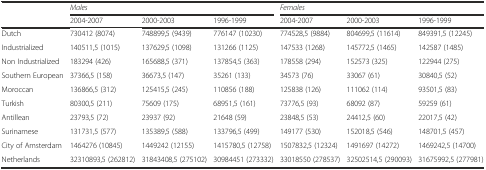
<table><thead><tr><td></td><td colspan="3"><b><i>Males</i></b></td><td colspan="3"><b><i>Females</i></b></td></tr><tr><td></td><td><b>2004-2007</b></td><td><b>2000-2003</b></td><td><b>1996-1999</b></td><td><b>2004-2007</b></td><td><b>2000-2003</b></td><td><b>1996-1999</b></td></tr></thead><tbody><tr><td>Dutch</td><td>730412 (8074)</td><td>748899,5 (9439)</td><td>776147 (10230)</td><td>774528,5 (9884)</td><td>804699,5 (11614)</td><td>849391,5 (12245)</td></tr><tr><td>Industrialized</td><td>140511,5 (1015)</td><td>137629,5 (1098)</td><td>131266 (1125)</td><td>147533 (1268)</td><td>145772,5 (1465)</td><td>142587 (1485)</td></tr><tr><td>Non Industrialized</td><td>183294 (426)</td><td>165688,5 (371)</td><td>137854,5 (363)</td><td>178558 (294)</td><td>152573 (325)</td><td>122944 (275)</td></tr><tr><td>Southern European</td><td>37366,5 (158)</td><td>36673,5 (147)</td><td>35261 (133)</td><td>34573 (76)</td><td>33067 (61)</td><td>30840,5 (52)</td></tr><tr><td>Moroccan</td><td>136866,5 (312)</td><td>125415,5 (245)</td><td>110856 (188)</td><td>125838 (126)</td><td>111062 (114)</td><td>93501,5 (83)</td></tr><tr><td>Turkish</td><td>80300,5 (211)</td><td>75609 (175)</td><td>68951,5 (161)</td><td>73776,5 (93)</td><td>68092 (87)</td><td>59259 (61)</td></tr><tr><td>Antillean</td><td>23793,5 (72)</td><td>23937 (92)</td><td>21648 (59)</td><td>23848,5 (53)</td><td>24412,5 (60)</td><td>22017,5 (42)</td></tr><tr><td>Surinamese</td><td>131731,5 (577)</td><td>135389,5 (588)</td><td>133796,5 (499)</td><td>149177 (530)</td><td>152018,5 (546)</td><td>148701,5 (457)</td></tr><tr><td>City of Amsterdam</td><td>1464276 (10845)</td><td>1449242 (12155)</td><td>1415780,5 (12758)</td><td>1507832,5 (12324)</td><td>1491697 (14272)</td><td>1469242,5 (14700)</td></tr><tr><td>Netherlands</td><td>32310893,5 (262812)</td><td>31843408,5 (275102)</td><td>30984451 (273332)</td><td>33018550 (278537)</td><td>32502514,5 (290093)</td><td>31675992,5 (277981)</td></tr></tbody></table>